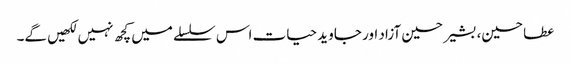
عطا حسین، بشیر حسین آزاد اور جاوید حیات اس سلسلے میں کچھ نہیں لکھیں گے۔